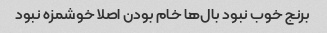
برنج خوب نبود بال‌ها خام بودن اصلا خوشمزه نبود